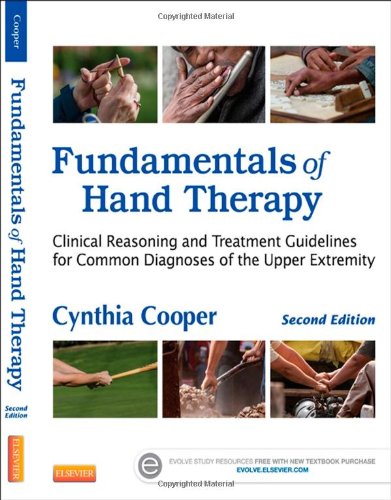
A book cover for Fundamentals of Hand Therapy: Clinical Reasoning and Treatment Guidelines for Common Diagnoses of the Upper Extremity, 2e; Cynthia Cooper MFA  MA  OTR/L  CHT; Medical Books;